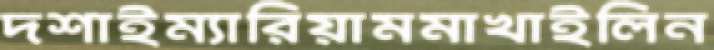
দশাইম্যারিয়ামমাখাইলিন